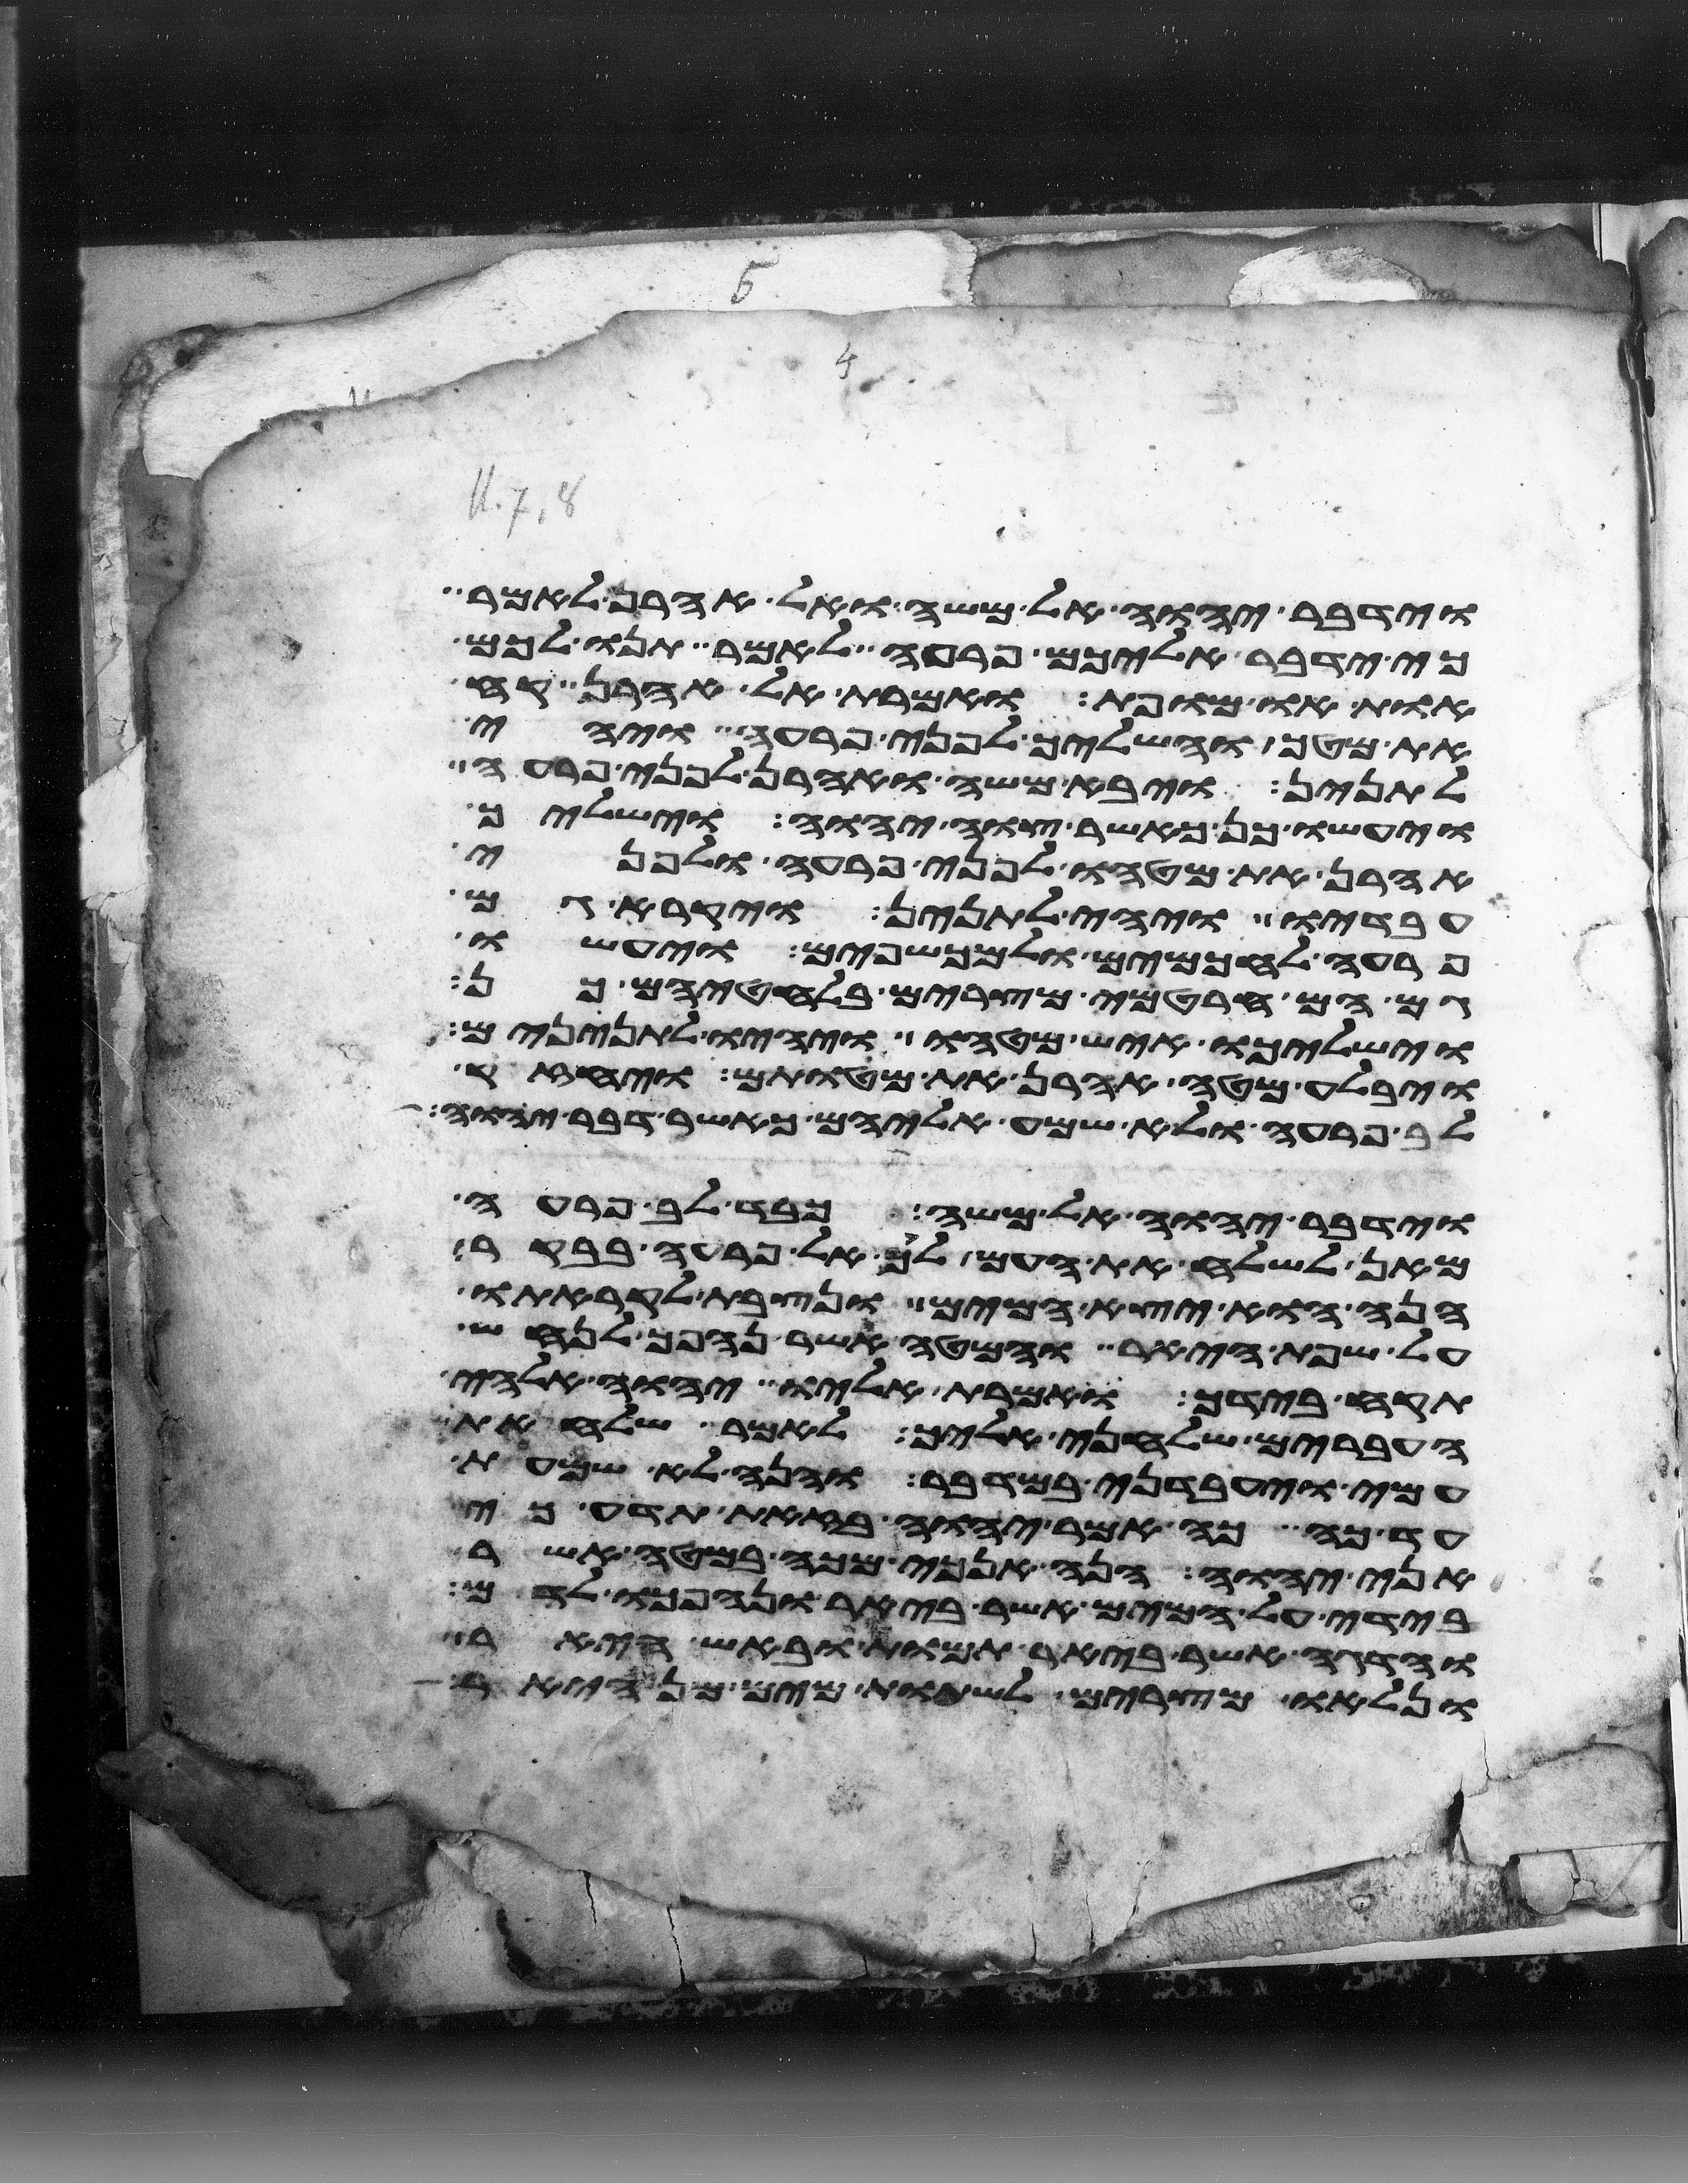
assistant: וידבר יהוה אל משה ואל אהרן לאמר
כי ידבר אליכם פרעה לאמר תנו לכם
אות או מופת ואמרת אל אהרן קח
את מטך והשליך לפני פרעה ויהי
לתנין ויבא משה ואהרן לפני פרעה
ויעשו כן כאשר צוה יהוה וישליך
אהרן את מטהו לפני פרעה ולפני
עבדיו ויהי לתנין ויקרא גם
פרעה לחכמים ולמכשפים ויעשו
גם הם חרטמי מצרים בלחטיהם כן
וישלכו איש מטהו ויהיו לתנינים
ויבלע מטה אהרן את מטותם ויחזק
לב פרעה ולא שמע אליהם כאשר דבר יהוה
וידבר יהוה אל משה כבד לב פרעה
מאן לשלח את העם לך אל פרעה בבקר
הנה הוא יצא המים ונצבת לקראתו
על שפת היאר והמטה אשר נהפך לנחש
תקח בידך ואמרת אליו יהוה אלהי
העברים שלחני אליך לאמר שלח את
עמי ויעבדני במדבר והנה לא שמעת
עד כה כה אמר יהוה בזאת תדע כי
אני יהוה הנה אנכי מכה במטה אשר
בידי על המים אשר ביאר ונהפכו לדם
והדגה אשר ביאר תמות ובאש היאר
ונלאו מצרים לשתות מים מן היאר